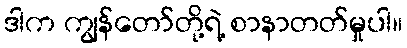
ဒါက ကျွန်တော်တို့ရဲ့ စာနာတတ်မှုပါ။